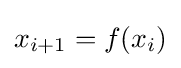
x_{i+1}=f(x_{i})